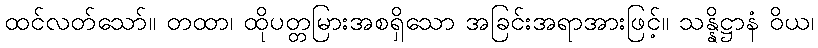
ထင်လတ်သော်။ တထာ၊ ထိုပတ္တမြားအစရှိသော အခြင်းအရာအားဖြင့်။ သန္နိဋ္ဌာနံ ဝိယ၊